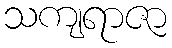
သကျရာဇာ